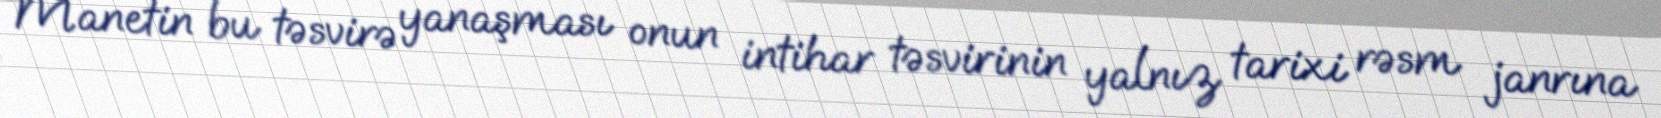
Manetin bu təsvirə yanaşması onun intihar təsvirinin yalnız tarixi rəsm janrına